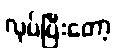
လုပ်ပြီးတော့